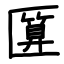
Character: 匴